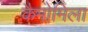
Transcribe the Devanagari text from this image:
कैमोमिला